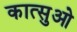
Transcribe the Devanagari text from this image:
कात्सुओ